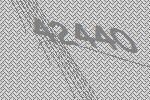
42440